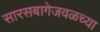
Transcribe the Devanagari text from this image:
सारसबागेजवळच्या